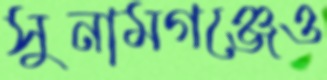
সুনামগঞ্জেও